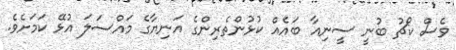
ވެސް ކޯޗު ބުނީ ސީނިއާ ބައެއް ކުޅުންތެރިންގެ އަނިޔާގެ މައްސަލަ އުޅޭ ކަމަށެވެ.